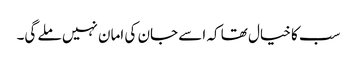
سب کا خیال تھا کہ اسے جان کی امان نہیں ملے گی۔